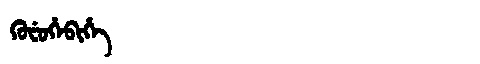
Manchu: ᡴᡠᠸᡠᡥᡝᠪᡳᡥᡝ
Romanization: KUFUHEBIHE